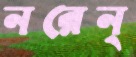
নরেন্